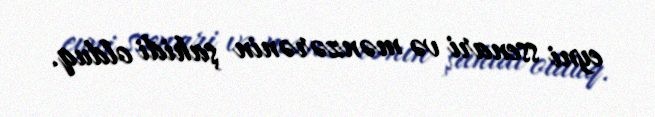
eyni ssenari və mənzərənin şahidi olduq.